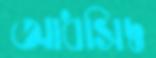
আধসিদ্ধ